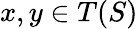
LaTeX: x,y\in T(S)